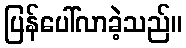
ပြန်ပေါ်လာခဲ့သည်။